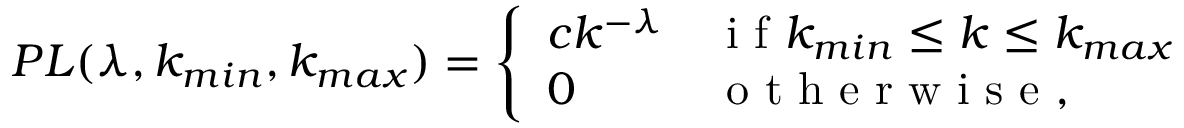
P L ( \lambda , k _ { m i n } , k _ { m a x } ) = \left\{ \begin{array} { l l } { c k ^ { - \lambda } } & { \mathrm { ~ i ~ f ~ } k _ { m i n } \leq k \leq k _ { m a x } } \\ { 0 } & { \mathrm { ~ o ~ t ~ h ~ e ~ r ~ w ~ i ~ s ~ e ~ , ~ } } \end{array} \right.